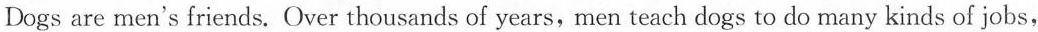
Dogs are men's friends. Over thousands of years, men teach dogs to do many kinds of jobs,